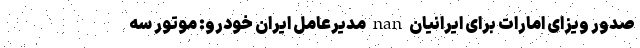
صدور ویزای امارات برای ایرانیان nan مدیرعامل ایران خودرو: موتور سه